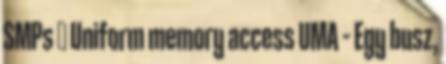
SMPs ● Uniform memory access UMA – Egy busz,